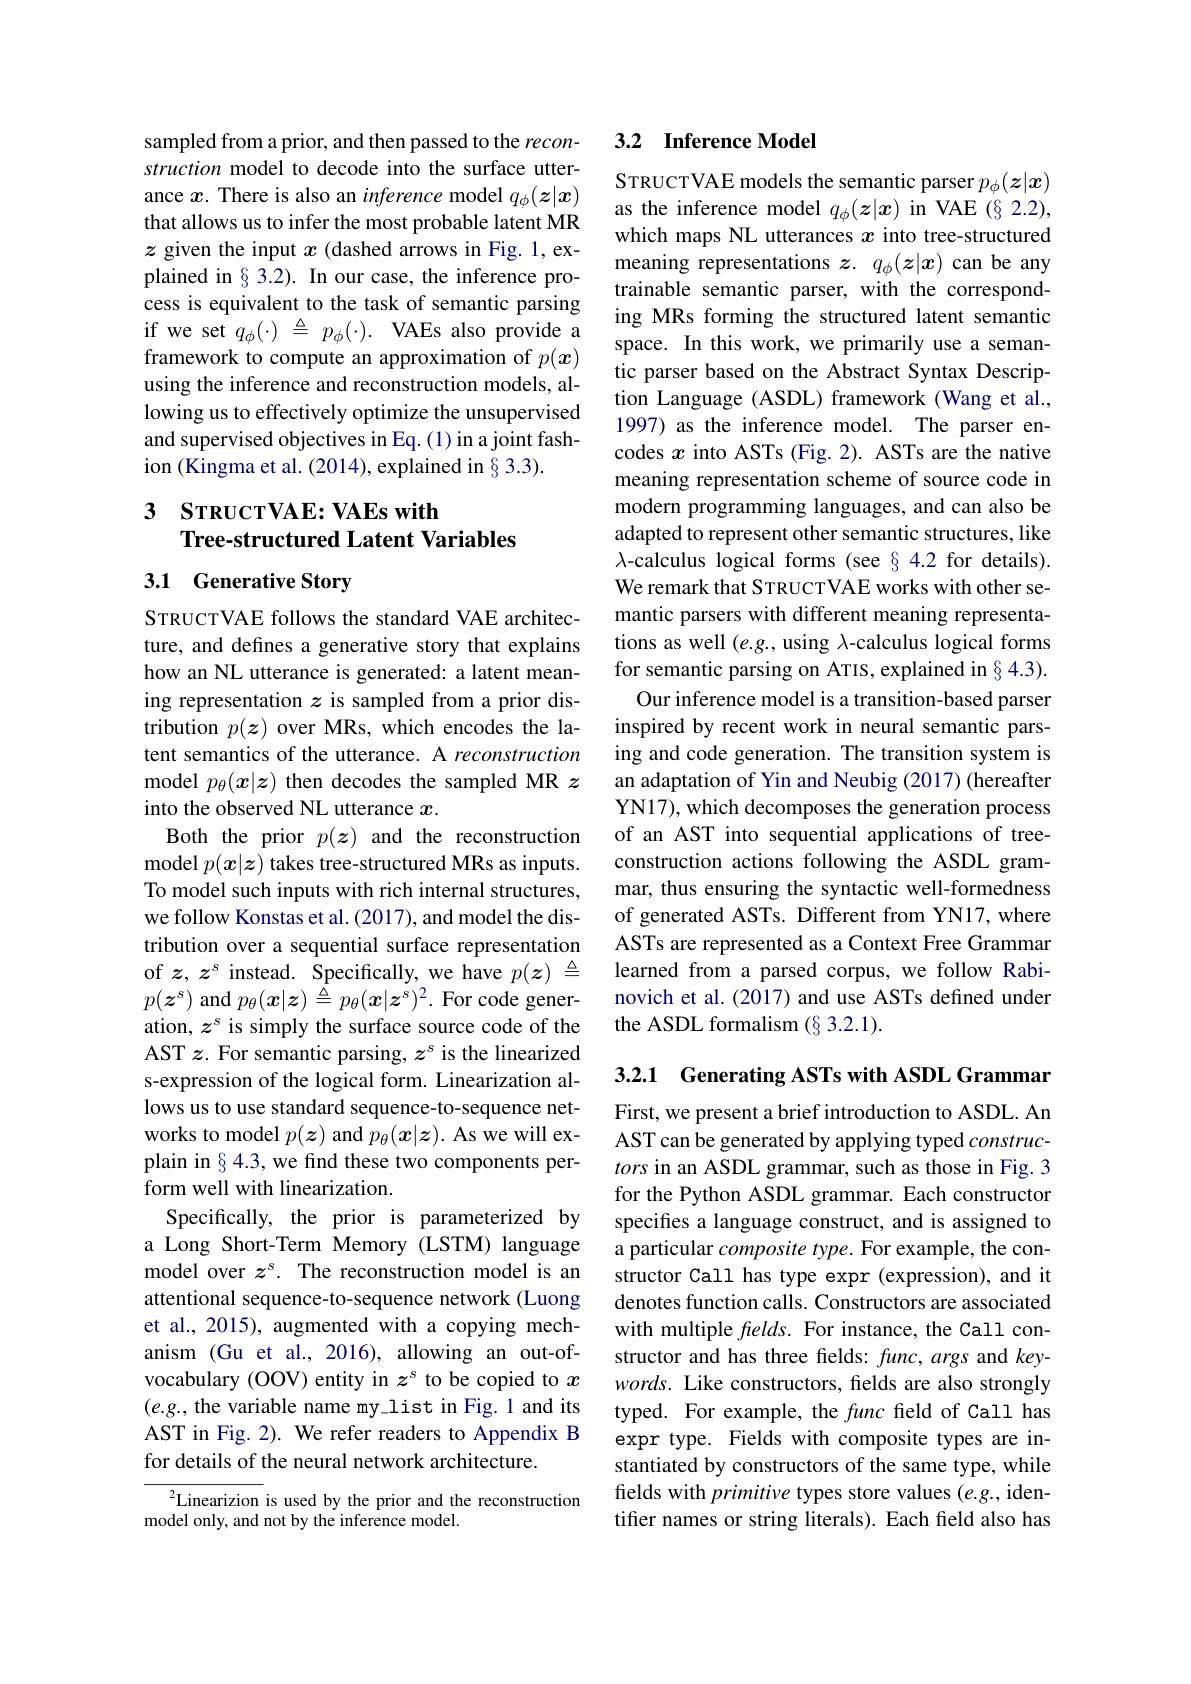
sampled from a prior, and then passed to the reconstruction model to decode into the surface utterance $x$. There is also an inference model $q_\phi(\boldsymbol{z}|\boldsymbol{x})$ that allows us to infer the most probable latent MR $z$ given the input $x$ (dashed arrows in Fig. 1, explained in§3.2). In our case, the inference process is equivalent to the task of semantic parsing if we set $q_\phi(\cdot)~\triangleq~p_\phi(\cdot).~$VAEs also provide a framework to compute an approximation of $p(\boldsymbol{x})$ using the inference and reconstruction models, allowing us to effectively optimize the unsupervised and supervised objectives in Eq. (1) in a joint fashion (Kingma et al. (2014), explained in § 3.3).

## 3 SткистVAE: VAEs with Tree-structured Latent Variables

## 3.1 Generative Story

STRUCTVAE follows the standard VAE architecture, and defines a generative story that explains how an NL utterance is generated: a latent meaning representation $z$ is sampled from a prior distribution $p(z)$ over MRs, which encodes the latent semantics of the utterance. A reconstruction model $p_\theta(x|z)$ then decodes the sampled MR $z$ into the observed NL utterance $x.$
Both the prior $p(\boldsymbol z)$ and the reconstruction model $p(\boldsymbol x|\boldsymbol z)$ takes tree-structured MRs as inputs. To model such inputs with rich internal structures, we follow Konstas et al. (2017), and model the distribution over a sequential surface representation of $z,z^s$ instead. Specifically, we have $p(\boldsymbol{z})\triangleq$ $p(\boldsymbol{z}^s)$ and $p_\theta(\boldsymbol x|\boldsymbol{z})\stackrel{\bar{\Delta}}{=}p_\theta(\boldsymbol{x}|\boldsymbol{z}^s)^2.$ For code generation, $z^\mathrm{s}$ is simply the surface source code of the AST $z$. For semantic parsing, $z^s$ is the linearized s-expression of the logical form. Linearization allows us to use standard sequence-to-sequence networks to model $p(\boldsymbol{z})$ and $p_\theta(\boldsymbol{x}|\boldsymbol{z}).$ As we will explain in§4.3, we find these two components perform well with linearization.
Specifically, the prior is parameterized by a Long Short-Term Memory (LSTM) language model over $z^s.$ The reconstruction model is an attentional sequence-to-sequence network (Luong et al., 2015), augmented with a copying mechanism (Gu et al., 2016), allowing an out-ofvocabulary (OOV) entity in $z^\mathrm{s}$ to be copied to $x$ $(e.g.$, the variable name my\_list in Fig. 1 and its AST in Fig. 2). We refer readers to Appendix B for details of the neural network architecture.
${^2\text{Linearizion is used by the prior and the reconstruction}}$

model only, and not by the inference model

## 3.2 Inference Model

STRUCTVAE models the semantic parser $p_\phi(\boldsymbol{z}|\boldsymbol{x})$ as the inference model $q_\phi(\boldsymbol{z}|\boldsymbol{x})$ in VAE $(\S2.2)$, which maps NL utterances $x$ into tree-structured meaning representations $\boldsymbol z.q_\phi(\boldsymbol{z}|\boldsymbol{x})$ can be any trainable semantic parser, with the corresponding MRs forming the structured latent semantic space. In this work, we primarily use a semantic parser based on the Abstract Syntax Description Language (ASDL) framework (Wang et al., 1997) as the inference model. The parser encodes $x$ into ASTs (Fig. 2). ASTs are the native meaning representation scheme of source code in modern programming languages, and can also be adapted to represent other semantic structures, like $\lambda$-calculus logical forms (see§4.2 for details). We remark that STRUCTVAE works with other semantic parsers with different meaning representations as well $(e.g.$, using $\lambda$-calculus logical forms for semantic parsing on ATIS, explained in§ 4.3). Our inference model is a transition-based parser
inspired by recent work in neural semantic parsing and code generation. The transition system is an adaptation of Yin and Neubig (2017) (hereafter YN17), which decomposes the generation process of an AST into sequential applications of treeconstruction actions following the ASDL grammar, thus ensuring the syntactic well-formedness of generated ASTs. Different from YN17, where ASTs are represented as a Context Free Grammar learned from a parsed corpus, we follow Rabinovich et al. (2017) and use ASTs defined under the ASDL formalism $(\S3.2.1).$

3.2.1 Generating ASTs with ASDL Grammar

First, we present a brief introduction to ASDL. An AST can be generated by applying typed $construc-$ tors in an ASDL grammar, such as those in Fig. 3 for the Python ASDL grammar. Each constructor specifes a language construct, and is assigned to a particular composite type. For example, the constructor Call has type expr (expression), and it denotes function calls. Constructors are associated with multiple $felds.$ For instance, the Call constructor and has three fields: $func,args$ and keywords. Like constructors, fields are also strongly typed. For example, the func field of Call has expr type. Fields with composite types are instantiated by constructors of the same type, while felds with primitive types store values (e.g., identifier names or string literals). Each field also has